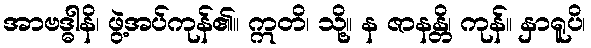
အာဗဒ္ဓါနိ၊ ဖွဲ့အပ်ကုန်၏။ ဣတိ၊ သို့။ န ဇာနန္တိ၊ ကုန်။ နှာရူပိ၊